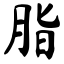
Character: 脂